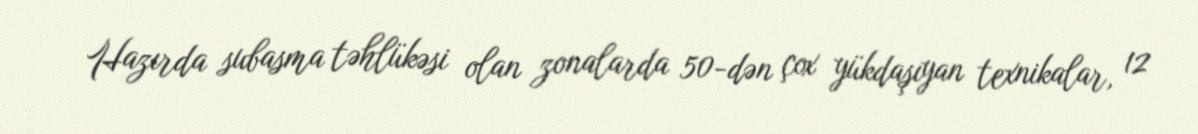
Hazırda subasma təhlükəsi olan zonalarda 50-dən çox yükdaşıyan texnikalar, 12